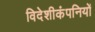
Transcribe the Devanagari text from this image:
विदेशीकंपनियों